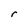
Character: r